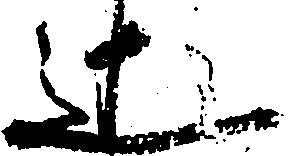
辻